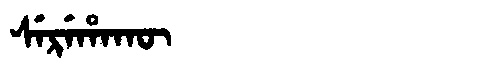
Manchu: ᠰᡝᡵᡝᡥᠠᡴᡡ
Romanization: SEREHAKŪ